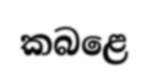
කබළෙ